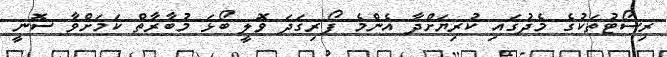
ރިސޯޓުތަކުގެ މެދުގައި ކުރިޔަށްދާ އެންމެ ފޯރިގަދަ ވޮލީ ބޯޅަ މުބާރާތް ކަމަށްވާ ސޮނީ